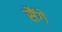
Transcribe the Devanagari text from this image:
सैंगे